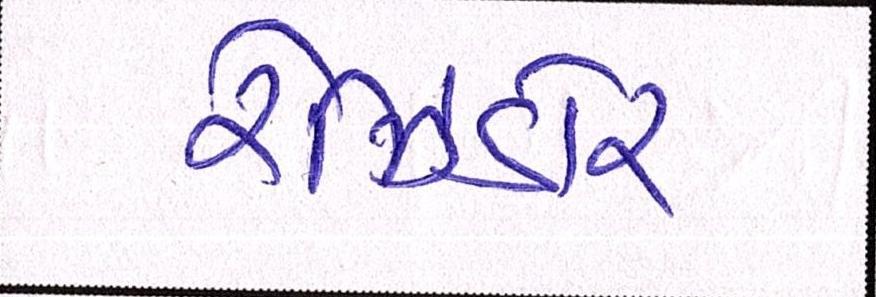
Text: રેઝિડોર